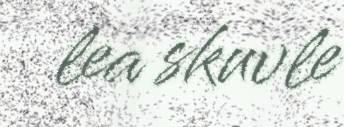
lea skuvle